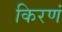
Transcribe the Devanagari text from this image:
किरणं